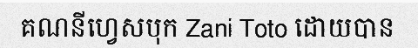
គណនីហ្វេសបុក Zani Toto ដោយបាន